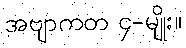
အဗျာကတ ၄-မျိုး။